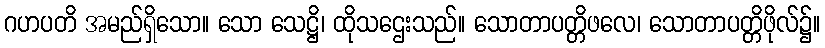
ဂဟပတိ အမည်ရှိသော။ သော သေဋ္ဌိ၊ ထိုသဌေးသည်။ သောတာပတ္တိဖလေ၊ သောတာပတ္တိဖိုလ်၌။